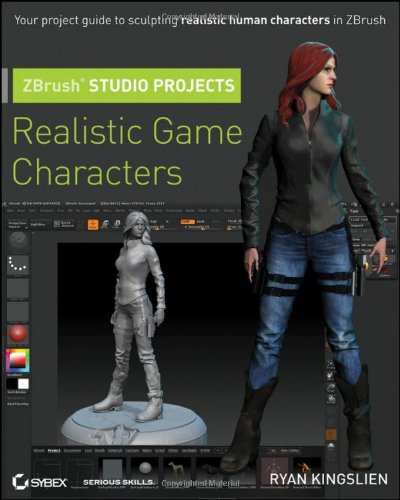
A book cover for ZBrush Studio Projects: Realistic Game Characters; Ryan Kingslien; Computers & Technology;